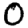
Digit: 0